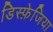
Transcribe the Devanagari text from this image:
डिस्फ़ेजिया